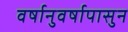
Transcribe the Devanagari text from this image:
वर्षानुवर्षापासुन